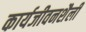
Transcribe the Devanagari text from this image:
कार्यजीवनशैली